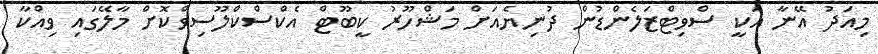
މިއަދު އޭނާ އަކީ ސްވިޓްޒަލެންޑުން ދުނިޔެއަށް މަޝްހޫރު ކީބޫޓް އެކްސްކްލޫސިވްކޮށް މާލޭގައި ވިއްކާ